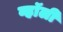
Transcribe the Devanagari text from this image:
व्हॉली